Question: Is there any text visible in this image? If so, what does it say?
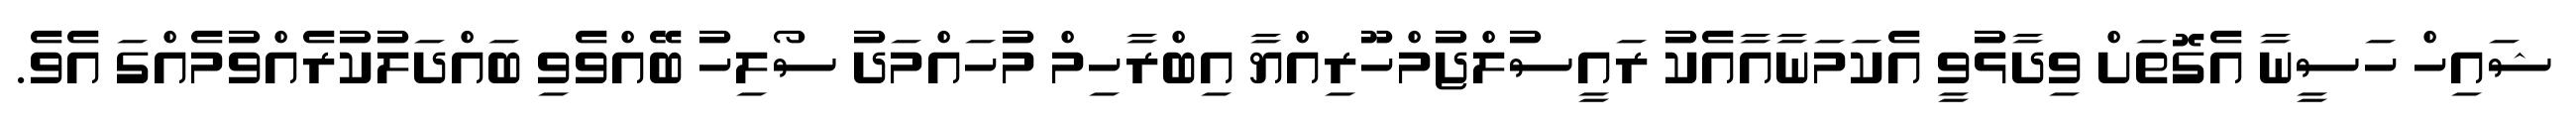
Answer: ޝައިހް ހަސީނާ އެގޮތަށް ވިދާޅުވީ އެކަމަނާއާއެކު ރައީސުލްޖުމްހޫރިއްޔާ އިބްރާހިމް މުހައްމަދު ސޯލިހު ބޭއްވެވި ބައްދަލުކުރެއްވުމެއްގަ އެވެ.